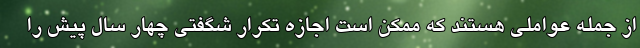
از جمله عواملی هستند که ممکن است اجازه تکرار شگفتی چهار سال پیش را